Vaccination in Bombay 1863-1868 - 1863-1868
Year: 1863
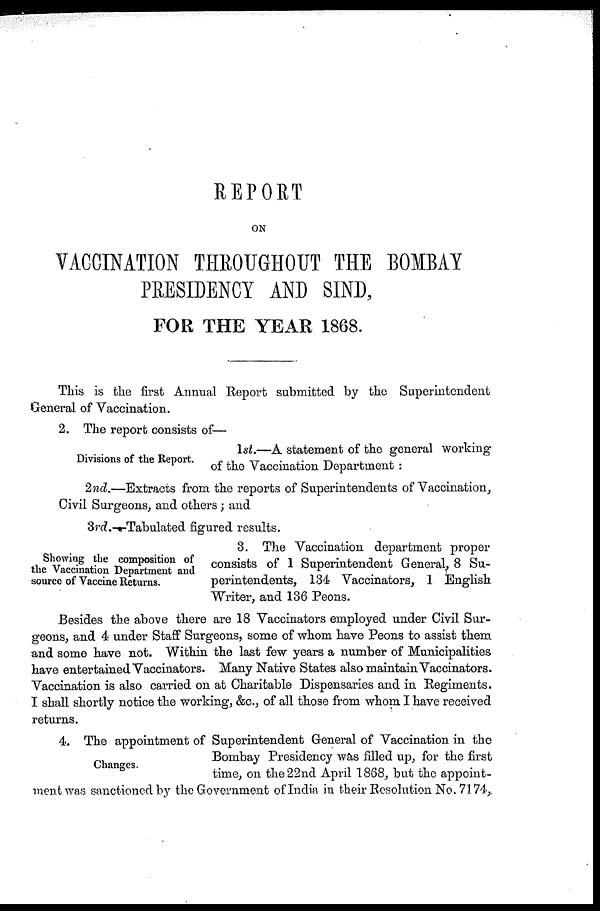
REPORT
ON
VACCINATION THROUGHOUT THE BOMBAY
PRESIDENCY AND SIND,
FOR THE YEAR 1868.
This is the first Annual Report submitted by the Superintendent
General of Vaccination.
2. The report consists of—
Divisions of the Report.
1st.—A statement of the general working
of the Vaccination Department :
2nd.—Extracts from the reports of Superintendents of Vaccination,
Civil Surgeons, and others ; and
3rd.—Tabulated figured results.
Showing the composition of
the Vaccination Department and
source of Vaccine Returns.
3. The Vaccination department proper
consists of 1 Superintendent General, 8 Su-
perintendents, 134 Vaccinators, 1 English
Writer, and 136 Peons.
Besides the above there are 18 Vaccinators employed under Civil Sur-
geons, and 4 under Staff Surgeons, some of whom have Peons to assist them
and some have not. Within the last few years a number of Municipalities
have entertained Vaccinators. Many Native States also maintain Vaccinators.
Vaccination is also carried on at Charitable Dispensaries and in Regiments.
I shall shortly notice the working, &c., of all those from whom I have received
returns.
Changes.
4. The appointment of Superintendent General of Vaccination in the
Bombay Presidency was filled up, for the first
time, on the 22nd April 1868, but the appoint-
ment was sanctioned by the Government of India in their Resolution No. 7174,